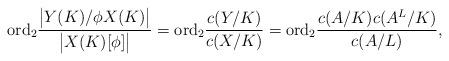
LaTeX: \begin{align*} \textup{ord}_2\frac{\big|Y(K)/\phi X(K)\big|}{\big|X(K)[\phi]\big|}=\textup{ord}_2 \frac{c(Y/K)}{c(X/K)}=\textup{ord}_2 \frac{c(A/K)c(A^L/K)}{c(A/L)},\end{align*}